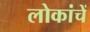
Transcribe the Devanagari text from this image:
लोकांचें